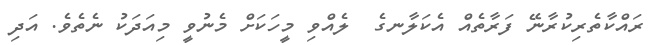
ރައްކާތެރިކުރާނޭ ފަރާތެއް އެކަލާނގެ  ލެއްވި މީހަކަށް މެނުވީ މިއަދަކު ނެތެވެ. އަދި